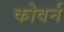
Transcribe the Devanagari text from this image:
कोवर्न